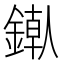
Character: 𬫶